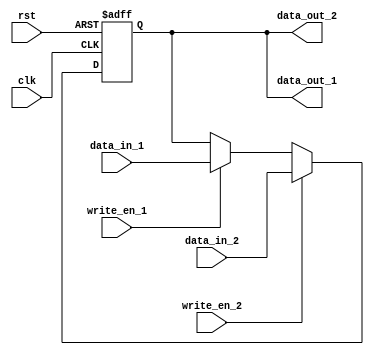
module dual_port_bypass_register (
    input wire clk,
    input wire rst,
    input wire [DATA_WIDTH-1:0] data_in_1,
    input wire [DATA_WIDTH-1:0] data_in_2,
    input wire write_en_1,
    input wire write_en_2,
    output reg [DATA_WIDTH-1:0] data_out_1,
    output reg [DATA_WIDTH-1:0] data_out_2
);

localparam DATA_WIDTH = 8;

reg [DATA_WIDTH-1:0] reg_data;

always @(posedge clk or posedge rst) begin
    if (rst) begin
        reg_data <= 0;
    end else begin
        if (write_en_1) begin
            reg_data <= data_in_1;
        end
        if (write_en_2) begin
            reg_data <= data_in_2;
        end
    end
end

assign data_out_1 = reg_data;
assign data_out_2 = reg_data;

endmodule